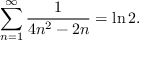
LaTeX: \sum _ { n = 1 } ^ { \infty } { \frac { 1 } { 4 n ^ { 2 } - 2 n } } = \ln 2 .